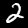
Digit: 2